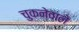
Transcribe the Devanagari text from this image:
चुकनेवाले